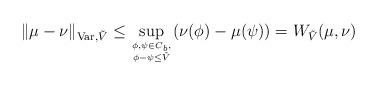
LaTeX: \begin{align*}\|\mu- \nu\|_{{\rm Var}, \tilde V} \leq \sup_{\phi, \psi \in C_b, \atop \phi- \psi\leq \tilde V}(\nu(\phi)- \mu(\psi))= W_{\tilde V}(\mu, \nu)\end{align*}